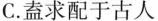
C.益求配于古人